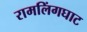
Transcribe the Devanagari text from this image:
रामलिंगघाट